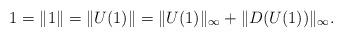
LaTeX: \begin{align*}1=\|1\|=\|U(1)\|=\|U(1)\|_\infty +\|D(U(1))\|_\infty.\end{align*}